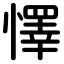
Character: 懌